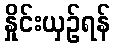
နှိုင်းယှဉ်ရန်